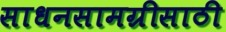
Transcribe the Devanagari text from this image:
साधनसामग्रीसाठी